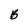
Character: b